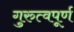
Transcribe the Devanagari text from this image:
गुरुत्वपूर्ण